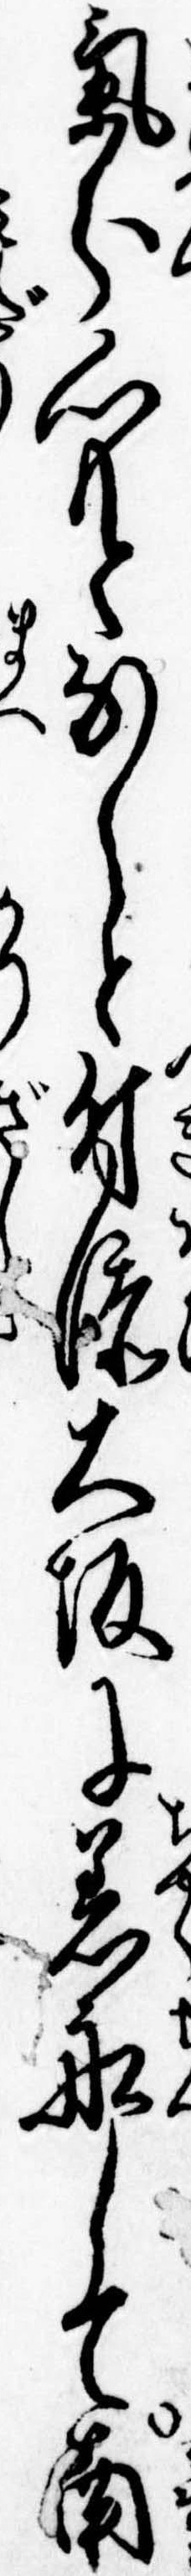
気分心もとなしと付添大坂に着船して南